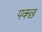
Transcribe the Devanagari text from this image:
पक्छ